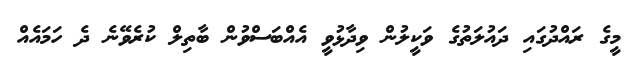
މީގެ ރައްދުގައި ދައުލަތުގެ ވަކީލުން ވިދާޅުވީ އެއްބަސްވުން ބާތިލް ކުރެވޭނެ ދެ ހަމައެއް